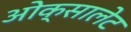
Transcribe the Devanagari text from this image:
ओक्सालेट